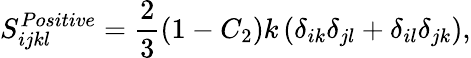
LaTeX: S_{ijkl}^{Positive}=\frac{2}{3}\left(1-C_{2}\right)k\left(\delta_{ik}\delta_{jl}+\delta_{il}\delta_{jk}\right),